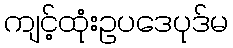
ကျင့်ထုံးဥပဒေပုဒ်မ